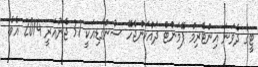
ޓީގެ ދެވަނަ އިންޓެރިމް ޕޭމަންޓް ދައްކަންޖެހޭ ސުންގަޑިއަކީ 31 ޖެނުއަރީ 2014 އެވެ.